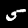
Digit: 5